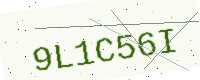
Text: 9L1C56I